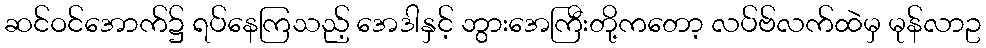
ဆင်ဝင်အောက်၌ ရပ်နေကြသည့် အေဒါနှင့် ဘွားအေကြီးတို့ကတော့ လပ်ဗ်လက်ထဲမှ မုန်လာဥ